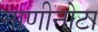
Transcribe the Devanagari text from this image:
नाणीनोटा